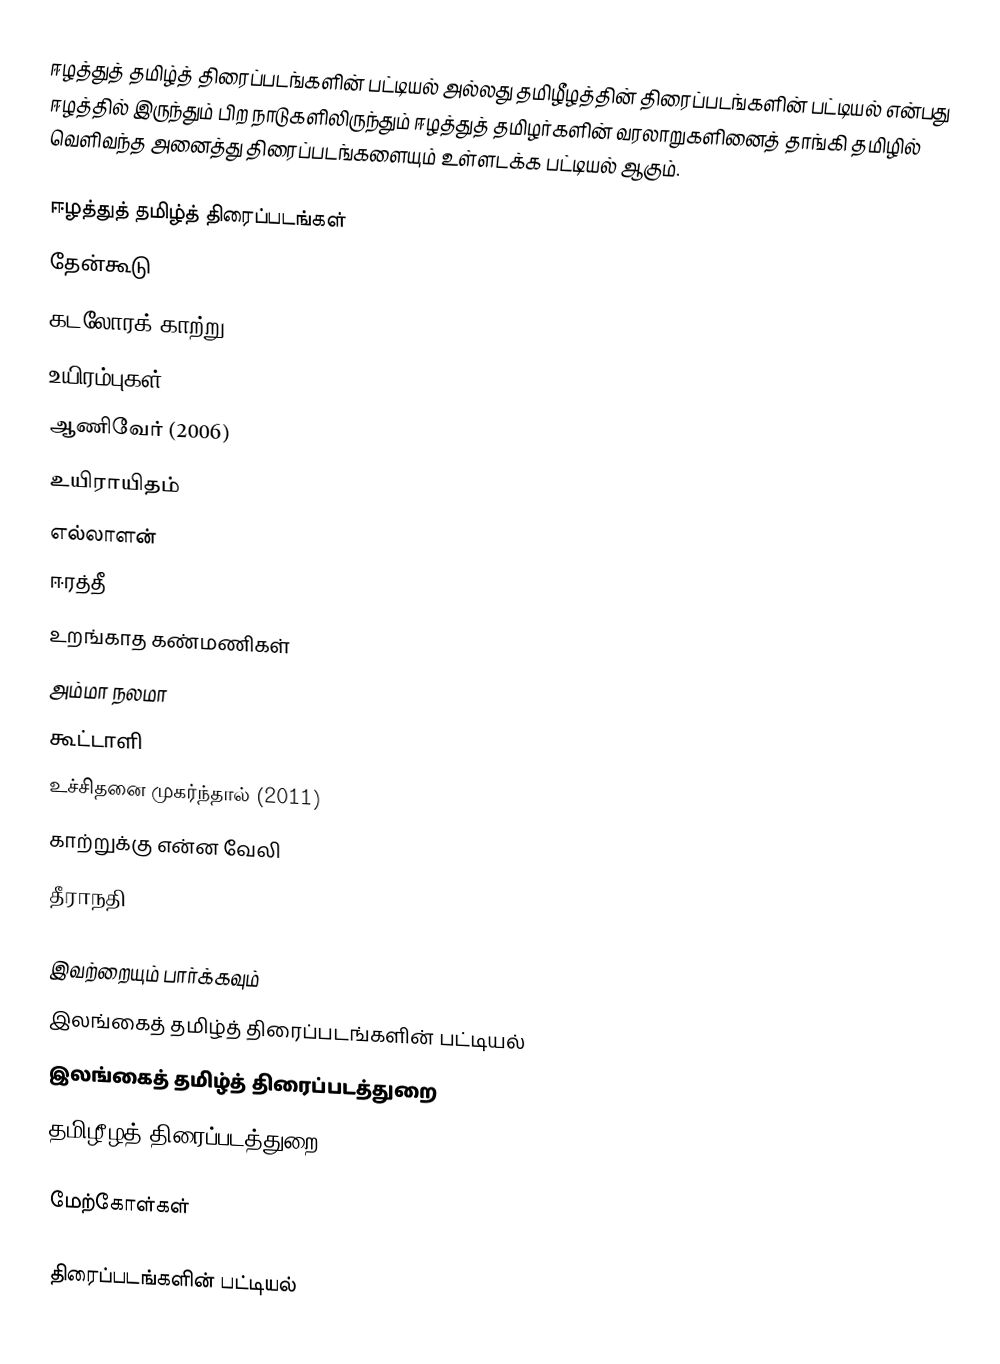
ஈழத்துத் தமிழ்த் திரைப்படங்களின் பட்டியல் அல்லது தமிழீழத்தின் திரைப்படங்களின் பட்டியல் என்பது  ஈழத்தில்  இருந்தும் பிற நாடுகளிலிருந்தும் ஈழத்துத் தமிழர்களின் வரலாறுகளினைத் தாங்கி தமிழில் வெளிவந்த அனைத்து திரைப்படங்களையும் உள்ளடக்க பட்டியல் ஆகும்.

ஈழத்துத் தமிழ்த் திரைப்படங்கள்
 தேன்கூடு
 கடலோரக் காற்று
 உயிரம்புகள்
 ஆணிவேர்  (2006)
 உயிராயிதம்
 எல்லாளன்
 ஈரத்தீ
 உறங்காத கண்மணிகள்
 அம்மா நலமா
 கூட்டாளி
 உச்சிதனை முகர்ந்தால் (2011)
 காற்றுக்கு என்ன வேலி
 தீராநதி

இவற்றையும் பார்க்கவும்
 இலங்கைத் தமிழ்த் திரைப்படங்களின் பட்டியல்
 இலங்கைத் தமிழ்த் திரைப்படத்துறை
 தமிழீழத் திரைப்படத்துறை

மேற்கோள்கள்

திரைப்படங்களின் பட்டியல்